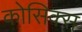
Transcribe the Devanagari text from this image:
कोसिक्स